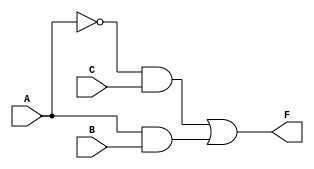
module three_variable_kmap (
    input wire A,   // First input variable
    input wire B,   // Second input variable
    input wire C,   // Third input variable
    output wire F   // Output variable
);

// Implementing the logic based on the derived expression
assign F = (~A & C) | (A & B);

endmodule